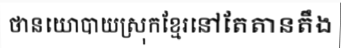
ថានយោបាយស្រុកខ្មែរនៅតែតានតឹង